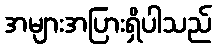
အများအပြားရှိပါသည်